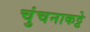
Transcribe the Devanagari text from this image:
चुंचनाकट्टे